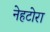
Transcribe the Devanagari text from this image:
नेहटोरा